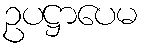
ဥပဋ္ဌာပေမ